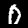
Digit: 0